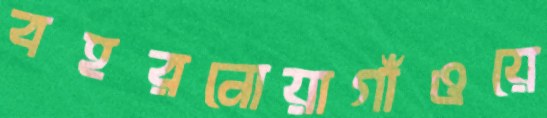
বহরনোয়াগাঁওয়ে